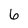
Character: 6